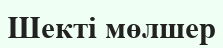
Шекті мөлшер